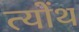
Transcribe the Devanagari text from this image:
त्योंथ